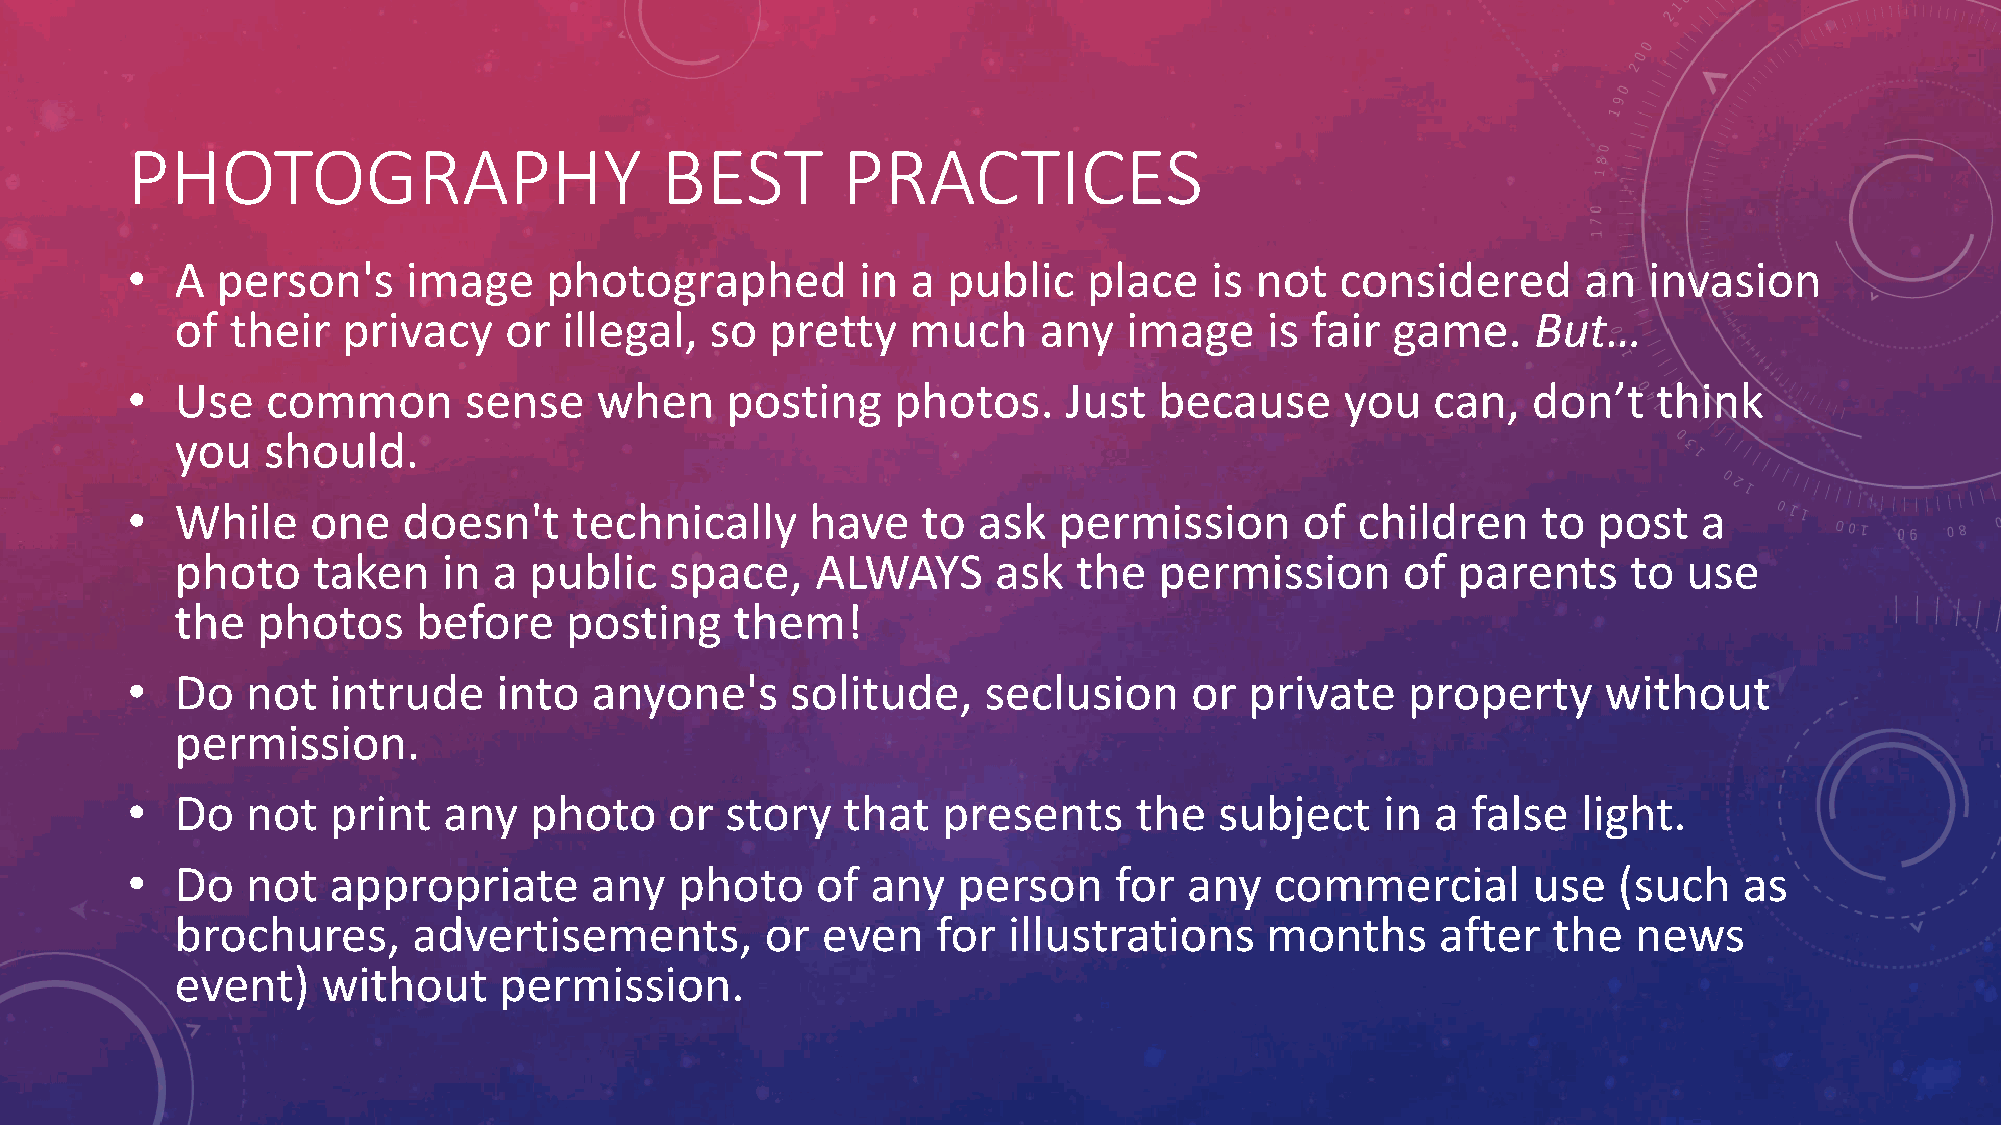
PHOTOGRAPHY                         BEST        PRACTICES
 •   A person's     image    photographed         in a  public   place   is not   considered      an  invasion
 of their   privacy   or  illegal,  so  pretty   much     any   image    is fair game.     But…
 •   Use   common       sense   when     posting    photos.    Just   because     you   can,  don’t    think
 you  should.
 •   While    one   doesn't    technically     have   to  ask  permission      of  children    to  post   a
 photo    taken   in  a public   space,    ALWAYS      ask  the   permission      of parents     to  use
 the  photos     before   posting     them!
 •   Do  not   intrude    into  anyone's     solitude,    seclusion     or  private   property     without
 permission.
 •   Do  not   print  any   photo    or  story   that  presents     the   subject    in a false   light.
 •   Do  not   appropriate      any   photo    of  any  person     for  any  commercial       use   (such   as
 brochures,     advertisements,         or even    for  illustrations    months     after   the  news
 event)   without     permission.